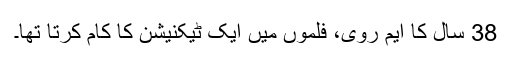
38 سال کا ایم روی، فلموں میں ایک ٹیکنیشن کا کام کرتا تھا۔